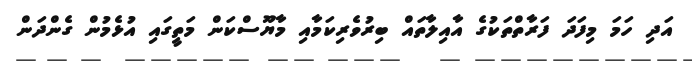
އަދި ހަމަ މިފަދަ ފަރާތްތަކުގެ އާއިލާތައް ބިރުވެރިކަމާއި މާޔޫސްކަން މަތީގައި އުޅެމުން ގެންދަން